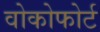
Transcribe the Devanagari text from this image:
वोकोफोर्ट